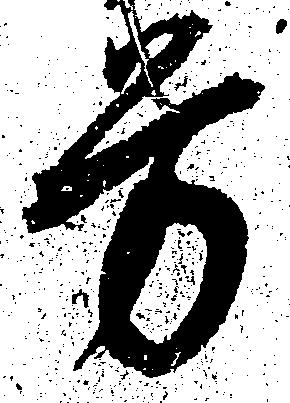
労